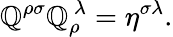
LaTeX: \mathbb{Q}^{\rho\sigma}\mathbb{Q}_{\rho}^{\ \lambda}=\eta^{\sigma\lambda}.